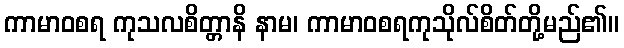
ကာမာဝစရ ကုသလစိတ္တာနိ နာမ၊ ကာမာဝစရကုသိုလ်စိတ်တို့မည်၏။